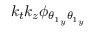
k _ { t } k _ { z } \phi _ { { \theta _ { 1 } } _ { y } { \theta _ { 1 } } _ { y } }